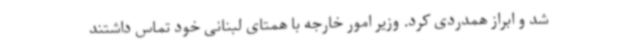
شد و ابراز همدردی کرد. وزیر امور خارجه با همتای لبنانی خود تماس داشتند